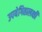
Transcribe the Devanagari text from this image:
उपयेगितालक्षी